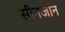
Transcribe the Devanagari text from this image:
सीनजॉन